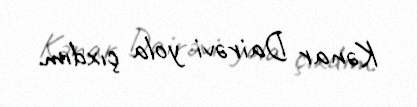
Kənar Dairəvi yola çıxdım.